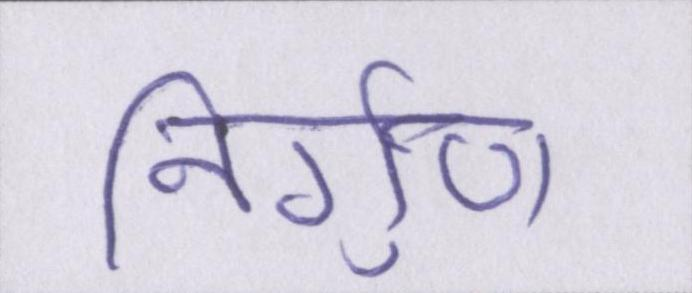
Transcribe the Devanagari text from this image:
निर्गुण